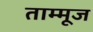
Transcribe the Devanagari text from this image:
ताम्मूज